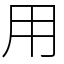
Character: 用